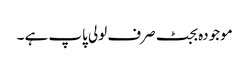
موجودہ بجٹ صرف لولی پاپ ہے ۔